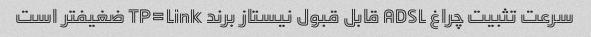
سرعت تثبیت چراغ ADSL قابل قبول نیستاز برند TP=Link ضغیفتر است